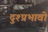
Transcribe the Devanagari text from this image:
दुश्प्रभावो